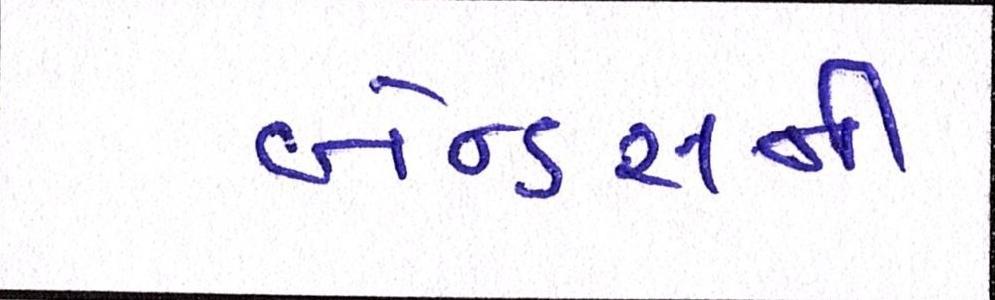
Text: બેન્ડ્સની